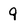
Character: 9